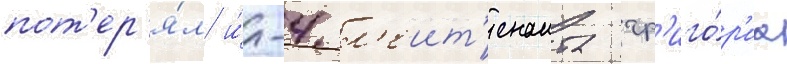
пот'ер'я́л и́л-4 л'еит'енанта гр'иго́р'иа